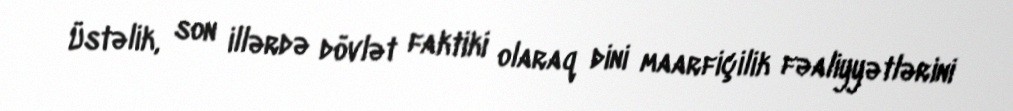
Üstəlik, son illərdə dövlət faktiki olaraq dini maarfiçilik fəaliyyətlərini